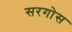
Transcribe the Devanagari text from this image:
सरगोस